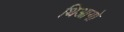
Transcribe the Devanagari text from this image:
थिआगो